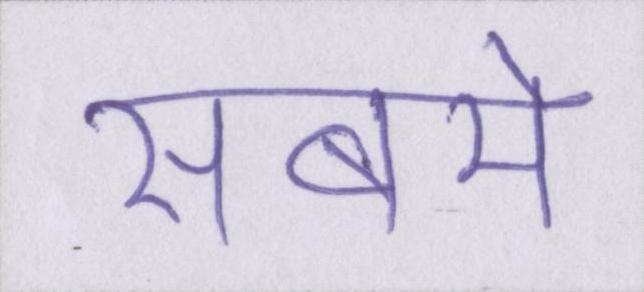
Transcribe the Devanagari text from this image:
सबमे